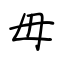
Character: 母